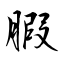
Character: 腵